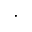
\cdot